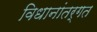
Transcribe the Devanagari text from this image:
विधानांतर्गत